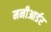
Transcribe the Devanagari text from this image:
मनीआर्डर